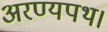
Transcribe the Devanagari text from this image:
अरण्यपथ।